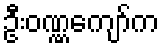
ဦးဝဏ္ဏကျော်က